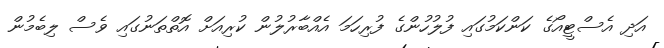
އަދި އެސްޓީއޯގެ ކަންކަމުގައި ފުލުހުންގެ ފުރިހަމަ އެއްބާރުލުން ކުރިއަށް އޮތްތަނުގައި ވެސް ލިބެމުން